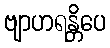
ဗျာဟရန္တိပေ